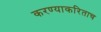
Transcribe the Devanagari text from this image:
करण्याकरिताच